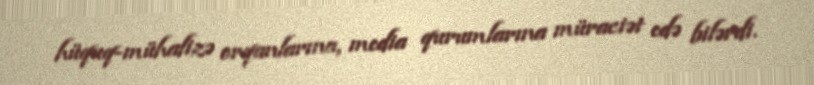
hüquq-mühafizə orqanlarına, media qurumlarına müraciət edə bilərdi.